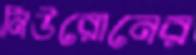
নিউরোনের